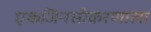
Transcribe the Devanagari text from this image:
एकजिनसीकरणाला